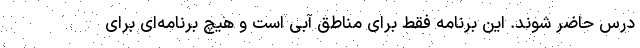
درس حاضر شوند. این برنامه فقط برای مناطق آبی است و هیچ برنامه‌ای برای